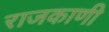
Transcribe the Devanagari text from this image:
राजकाणी